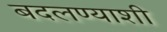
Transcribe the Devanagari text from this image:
बदलण्याशी